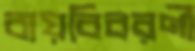
ব্যয়বিবরণী